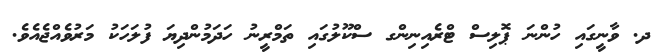
ދ. ވާނީގައި ހުންނަ ޕޮލިސް ޓްރެއިނިންގ ސްކޫލުގައި ތަމްރީނު ހަދަމުންދިޔަ ފުލަހަކު މަރުވެއްޖެއެވެ.